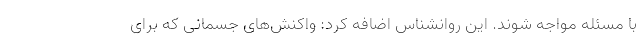
با مسئله مواجه شوند. این روانشناس اضافه کرد: واکنش‌های جسمانی که برای